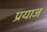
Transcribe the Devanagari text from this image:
प्रयाज